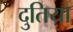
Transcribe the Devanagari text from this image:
दुतिया